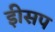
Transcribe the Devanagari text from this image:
इीसप